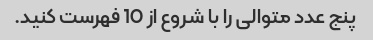
پنج عدد متوالی را با شروع از 10 فهرست کنید.